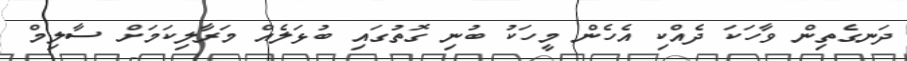
ދަނގެތިން ވާހަކަ ދެއްކި އެހެން މީހަކު ބުނި ގޮތުގައި ބުޅަލެއް މަރާލިކަމަށް ސާލިމް